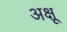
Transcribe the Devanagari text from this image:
अक्षू